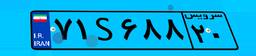
۶۲S۶۷۵۲۴